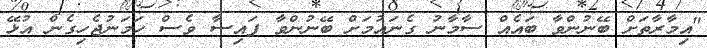
"އިމާރާތަށް ބޭނުންވާ ބައެއް ސާމާނު ގެނައުމަށް ބޭނުންވާ ފައިސާ ވެސް ހަމަނުޖެހިގެން އުޅޭ